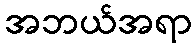
အဘယ်အရာ